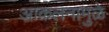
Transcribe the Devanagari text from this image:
आकलनामुळे